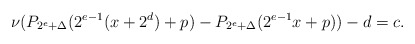
\begin{align*}\nu(P_{2^e+\Delta}(2^{e-1}(x+2^d)+p)-P_{2^e+\Delta}(2^{e-1}x+p))-d=c.\end{align*}